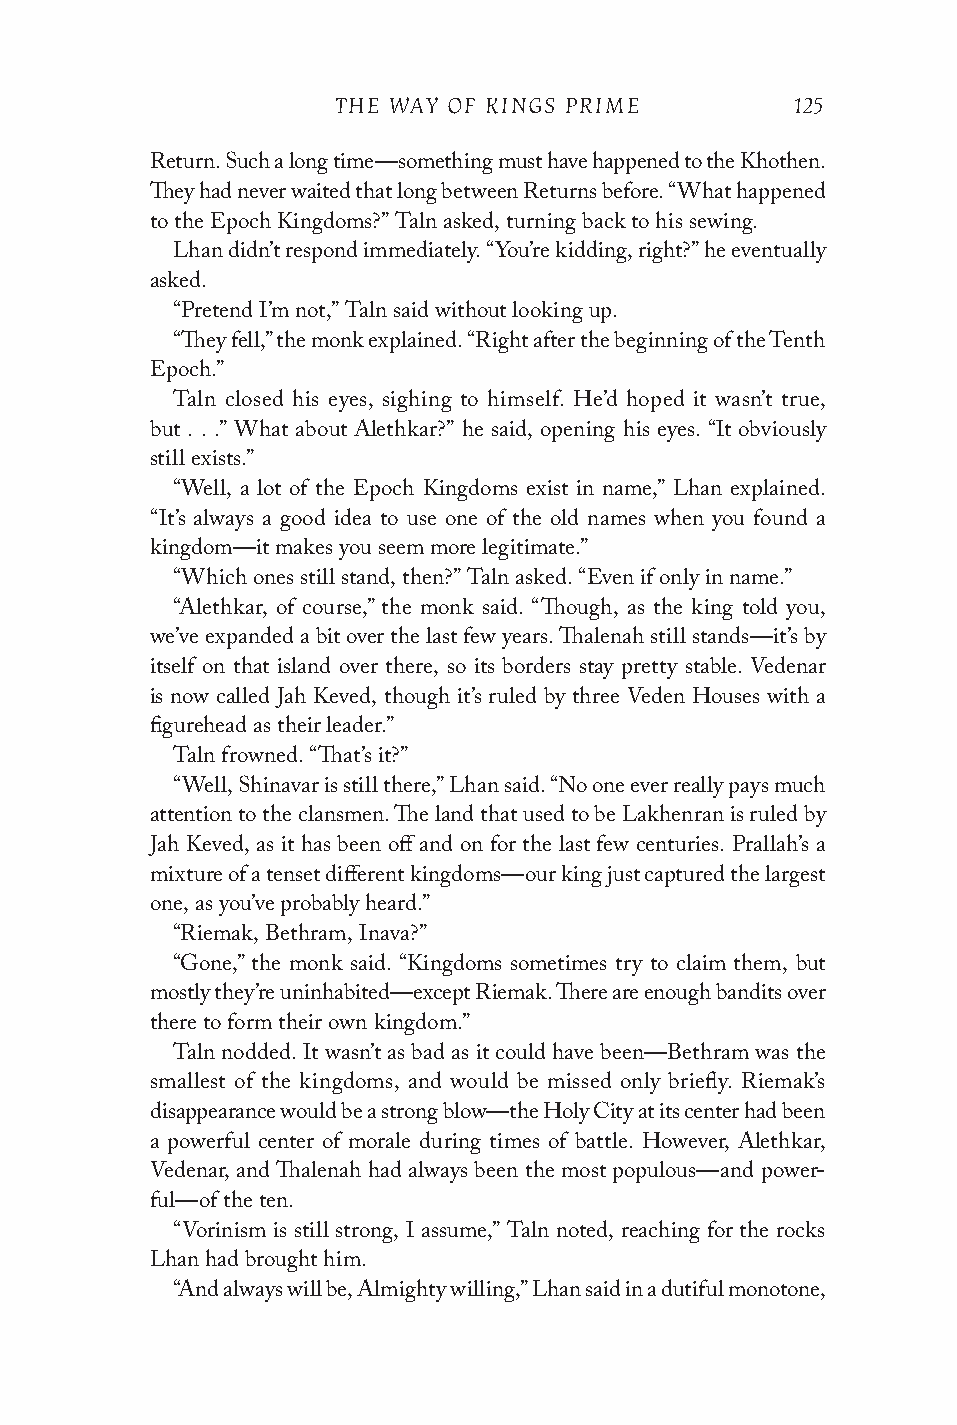
THE WAY OF KINGS PRIME         125
 Return. Such a long time—something must have happened to the Khothen.
 They had never waited that long between Returns before. “What happened
 to the Epoch Kingdoms?” Taln asked, turning back to his sewing.
 Lhan didn’t respond immediately. “You’re kidding, right?” he eventually
 asked.
 “Pretend I’m not,” Taln said without looking up.
 “They fell,” the monk explained. “Right after the beginning of the Tenth
 Epoch.”
 Taln closed his eyes, sighing to himself. He’d hoped it wasn’t true,
 but . . .” What about Alethkar?” he said, opening his eyes. “It obviously
 still exists.”
 “Well, a lot of the Epoch Kingdoms exist in name,” Lhan explained.
 “It’s always a good idea to use one of the old names when you found a
 kingdom—it makes you seem more legitimate.”
 “Which ones still stand, then?” Taln asked. “Even if only in name.”
 “Alethkar, of course,” the monk said. “Though, as the king told you,
 we’ve expanded a bit over the last few years. Thalenah still stands—it’s by
 itself on that island over there, so its borders stay pretty stable. Vedenar
 is now called Jah Keved, though it’s ruled by three Veden Houses with a
 figurehead as their leader.”
 Taln frowned. “That’s it?”
 “Well, Shinavar is still there,” Lhan said. “No one ever really pays much
 attention to the clansmen. The land that used to be Lakhenran is ruled by
 Jah Keved, as it has been off and on for the last few centuries. Prallah’s a
 mixture of a tenset different kingdoms—our king just captured the largest
 one, as you’ve probably heard.”
 “Riemak, Bethram, Inava?”
 “Gone,” the monk said. “Kingdoms sometimes try to claim them, but
 mostly they’re uninhabited—except Riemak. There are enough bandits over
 there to form their own kingdom.”
 Taln nodded. It wasn’t as bad as it could have been—Bethram was the
 smallest of the kingdoms, and would be missed only briefly. Riemak’s
 disappearance would be a strong blow—the Holy City at its center had been
 a powerful center of morale during times of battle. However, Alethkar,
 Vedenar, and Thalenah had always been the most populous—and power-
 ful—of the ten.
 “Vorinism is still strong, I assume,” Taln noted, reaching for the rocks
 Lhan had brought him.
 “And always will be, Almighty willing,” Lhan said in a dutiful monotone,